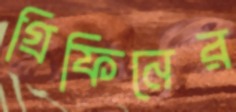
গ্রিফিনের